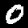
Digit: 0